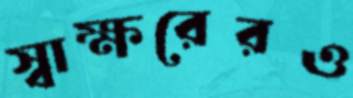
স্বাক্ষরেরও